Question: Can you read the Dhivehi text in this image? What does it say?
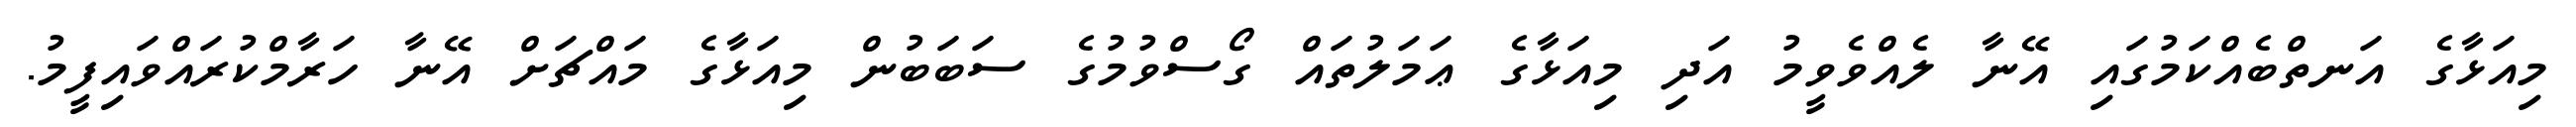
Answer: މިއަޅާގެ އަނތްބެއްކަމުގައި އޭނާ ލެއްވެވީމު އަދި މިއަޅާގެ ޢަމަލުތައް ގޯސްވުމުގެ ސަބަބުން މިއަޅާގެ މައްޗަށް އޭނާ ހަރާމްކުރައްވައިފީމު.